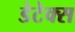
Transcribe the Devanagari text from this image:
डेटेक्स